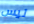
ليس